Epidemic dropsy in Calcutta - Number 49
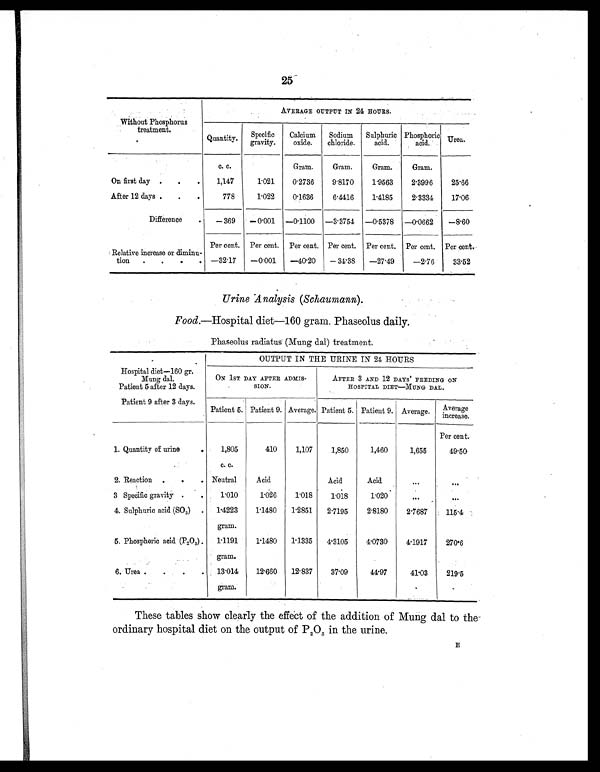
25
Without Phosphorus
treatment.
AVERAGE OUTPUT IN 24 HOURS.
Quantity.
Specific
gravity.
Calcium
oxide.
Sodium
chloride.
Sulphuric acid.
Phosphoric
acid.
Urea.
c. c.
Gram.
Gram.
Gram.
Gram.
On first day .
.
.
1,147
1.021
0.2736
9.8170
1.9563
2.3996
25.66
After 12 days .
.
.
778
1.022
0.1636
6.4416
1.4185
2.3334
17.06
Difference
.
—369 —0.001 —0.1100 —3.3754 —0.5378 —0.0662
—8.60
Per cent. Per cent. Per cent. Per cent. Per cent. Per cent. Per cent.
Relative increase or diminu-
tion
.
.
.
. —32.17 —0.001
—40.20 —34.38 —27.49
—2.76
33.52
Urine Analysis (Schaumann).
Food.— Hospital diet—160 gram. Phaseolus daily.
Phaseolus radiatus (Mung dal) treatment.
.
OUTPUT IN THE URINE IN 24 HOURS
Hospital diet—160 gr.
Mung dal.
Patient 5 after 12 days.
ON 1ST DAY AFTER ADMIS-
SION.
AFTER 3 AND 12 DAYS' FEEDING ON
HOSPITAL DIET—MUNG DAL.
Patient 9 after 3 days.
Patient 5. Patient 9. Average. Patient 5. Patient 9. Average.
Average
increase.
1. Quantity of urine
.
1,805
410
1,107
1,850
1,460
1,655
Per cent.
49.50
c. c.
2. Reaction .
. . Neutral
Acid
Acid
Acid
...
. . .
3 Specific gravity .
.
1.010
1.026
1.018
1.018
1.020
. . . . . .
4. Sulphuric acid (SO 3) . 1.4223
1.1480 1.2851
2.7195
2.8180
2.7687
115. 4
gram.
5. Phosphoric acid (P2O5) . 1.1191
1.1480 1.1335
4.3105
4.0730
1.1917
270.6
gram.
6. Urea .
.
.
.
13.014
12.660
12.837
37.09
44.97
41.03
219.5
gram.
These tables show clearly the effect of the addition of Mung dal to the
ordinary hospital diet on the output of P 2 O 5 in the urine.
E